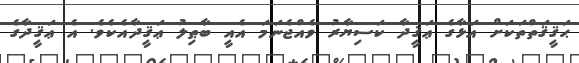
ޙަޤީޤަތްތަކަށް އަޅާގެ ޢަޤީދާ ކަސިޔާރު ވެއްޖެނަމަ އެއީ ބާޠިލު ޢަޤީދާއެކެވެ. އެ ޢަޤީދާގެ